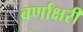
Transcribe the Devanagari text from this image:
वर्णाक्षरी